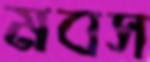
মবস